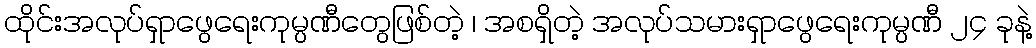
ထိုင်းအလုပ်ရှာဖွေရေးကုမ္ပဏီတွေဖြစ်တဲ့ ၊ အစရှိတဲ့ အလုပ်သမားရှာဖွေရေးကုမ္ပဏီ ၂၄ ခုနဲ့